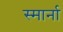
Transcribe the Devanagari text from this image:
स्मार्ना